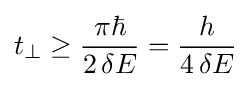
t_{\perp }\geq {\frac {\pi \hbar }{2\,\delta E}}={\frac {h}{4\,\delta E}}